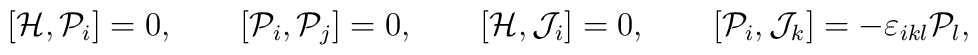
[{\cal H},{\cal P}_{i}]=0 ,\qquad [{\cal P}_{i},{\cal P}_{j}]=0 ,\qquad[{\cal H},{\cal J}_{i}]=0 ,\qquad[{\cal P}_{i},{\cal J}_{k}]=-\varepsilon _{ikl}{\cal P}_{l} ,